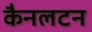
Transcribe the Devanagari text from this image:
कैनलटन